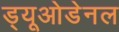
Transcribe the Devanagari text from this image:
ड्यूओडेनल